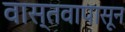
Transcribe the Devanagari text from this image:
वास्तवापासून